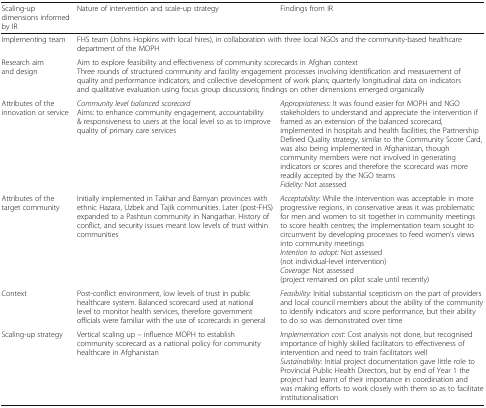
<table><thead><tr><td><b>Scaling-up dimensions informed by IR</b></td><td><b>Nature of intervention and scale-up strategy</b></td><td><b>Findings from IR</b></td></tr></thead><tbody><tr><td>Implementing team</td><td colspan="2">FHS team (Johns Hopkins with local hires), in collaboration with three local NGOs and the community-based healthcare department of the MOPH</td></tr><tr><td>Research aim and design</td><td colspan="2">Aim to explore feasibility and effectiveness of community scorecards in Afghan contextThree rounds of structured community and facility engagement processes involving identification and measurement of quality and performance indicators, and collective development of work plans; quarterly longitudinal data on indicators and qualitative evaluation using focus group discussions; findings on other dimensions emerged organically</td></tr><tr><td>Attributes of the innovation or service</td><td><i>Community level balanced scorecard</i>Aims: to enhance community engagement, accountability &amp; responsiveness to users at the local level so as to improve quality of primary care services</td><td><i>Appropriateness:</i> It was found easier for MOPH and NGO stakeholders to understand and appreciate the intervention if framed as an extension of the balanced scorecard, implemented in hospitals and health facilities; the Partnership Defined Quality strategy, similar to the Community Score Card, was also being implemented in Afghanistan, though community members were not involved in generating indicators or scores and therefore the scorecard was more readily accepted by the NGO teams<i>Fidelity:</i> Not assessed</td></tr><tr><td>Attributes of the target community</td><td>Initially implemented in Takhar and Bamyan provinces with ethnic Hazara, Uzbek and Tajik communities. Later (post-FHS) expanded to a Pashtun community in Nangarhar. History of conflict, and security issues meant low levels of trust within communities</td><td><i>Acceptability:</i> While the intervention was acceptable in more progressive regions, in conservative areas it was problematic for men and women to sit together in community meetings to score health centres; the implementation team sought to circumvent by developing processes to feed women’s views into community meetings<i>Intention to adopt:</i> Not assessed (not individual-level intervention)<i>Coverage:</i> Not assessed (project remained on pilot scale until recently)</td></tr><tr><td>Context</td><td>Post-conflict environment, low levels of trust in public healthcare system. Balanced scorecard used at national level to monitor health services, therefore government officials were familiar with the use of scorecards in general</td><td><i>Feasibility:</i> Initial substantial scepticism on the part of providers and local council members about the ability of the community to identify indicators and score performance, but their ability to do so was demonstrated over time</td></tr><tr><td>Scaling-up strategy</td><td>Vertical scaling up – influence MOPH to establish community scorecard as a national policy for community healthcare in Afghanistan</td><td><i>Implementation cost</i>: Cost analysis not done, but recognised importance of highly skilled facilitators to effectiveness of intervention and need to train facilitators well<i>Sustainability:</i> Initial project documentation gave little role to Provincial Public Health Directors, but by end of Year 1 the project had learnt of their importance in coordination and was making efforts to work closely with them so as to facilitate institutionalisation</td></tr></tbody></table>